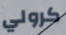
كرولي